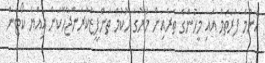
އެންމެ ފުރަތަމަ އައި މީހުންގެ ތެރެއިން މަރުގެ ހުކުމް ތަންފީޒުކުރަންޖެހޭކަން އިއްޔެ ކޯޓުން